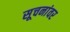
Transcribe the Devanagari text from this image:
सूचनांवर